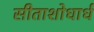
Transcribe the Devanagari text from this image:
सीताशोधार्ध